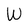
Character: W